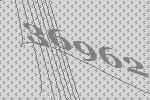
36962